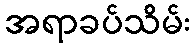
အရာခပ်သိမ်း